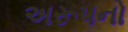
અરૂપનો